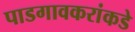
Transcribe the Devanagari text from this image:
पाडगावकरांकडे